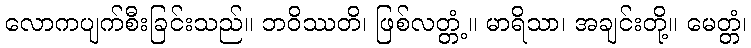
လောကပျက်စီးခြင်းသည်။ ဘဝိဿတိ၊ ဖြစ်လတ္တံ့။ မာရိသာ၊ အချင်းတို့။ မေတ္တံ၊